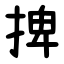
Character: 捭